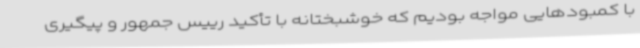
با کمبودهایی مواجه بودیم که خوشبختانه با تأکید رییس جمهور و پیگیری